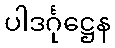
ပါဒင်္ဂုဋ္ဌေန